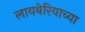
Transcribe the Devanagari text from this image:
लायबेरियाच्या